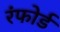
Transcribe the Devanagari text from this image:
रंफोर्ड